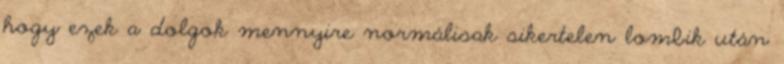
hogy ezek a dolgok mennyire normálisak sikertelen lombik után